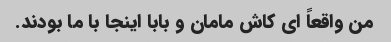
من واقعاً ای کاش مامان و بابا اینجا با ما بودند.